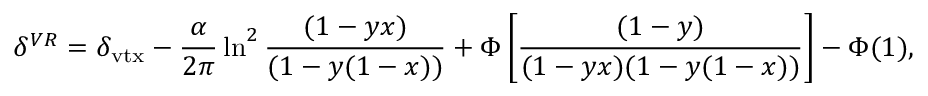
\delta ^ { V R } = \delta _ { \mathrm { v t x } } - { \frac { \alpha } { 2 \pi } } \ln ^ { 2 } { \frac { ( 1 - y x ) } { ( 1 - y ( 1 - x ) ) } } + \Phi \left[ { \frac { ( 1 - y ) } { ( 1 - y x ) ( 1 - y ( 1 - x ) ) } } \right] - \Phi ( 1 ) ,